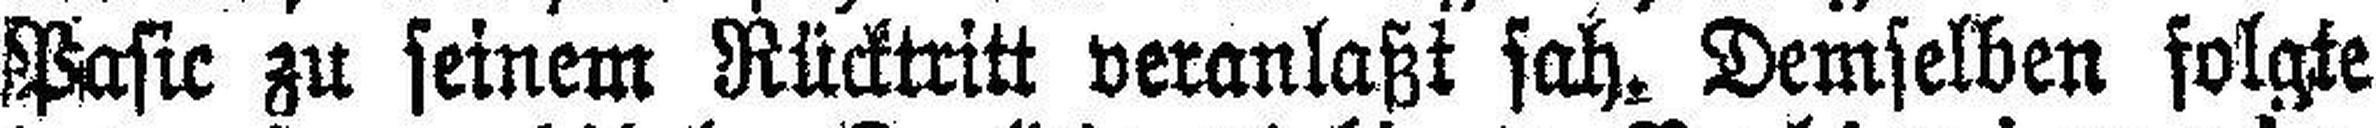
Pasic zu seinem Rücktritt veranlaßt sah. Demselben folgte